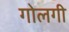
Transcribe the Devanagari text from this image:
गोलगी